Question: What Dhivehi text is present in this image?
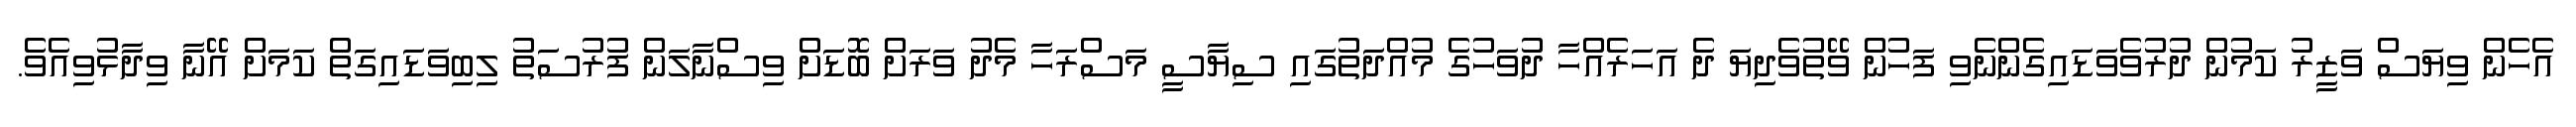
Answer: އެހެން ވިޔަސް ވަޒީރު ކަމުން ދުރުވެވަޑައިގެންނެވި ފަހުން ވޭތުވެދިޔަ ދެ އަހަރެއްހާ ދުވަހުގެ މުއްދަތުގައި ސިޔާސީ މަސްރަހާ މެދު ވަރަށް ބޮޑަށް ވިސްނާލަން ފުރުސަތު ލިބިވަޑައިގަތް ކަމަށް އޭނާ ވިދާޅުވިއެވެ.